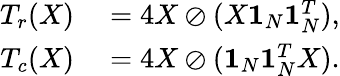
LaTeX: \begin{array}{rl}{T_{r}(X)}&{{}=4X\oslash(X\mathbf{1}_{N}\mathbf{1}_{N}^{T}),}\\ {T_{c}(X)}&{{}=4X\oslash(\mathbf{1}_{N}\mathbf{1}_{N}^{T}X).}\end{array}